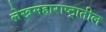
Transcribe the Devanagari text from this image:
लेखमहाराष्ट्रातील